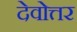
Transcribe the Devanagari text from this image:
देवोत्तर